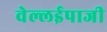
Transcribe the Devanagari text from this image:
वेल्लईपाजी